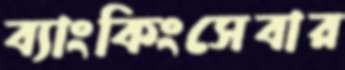
ব্যাংকিংসেবার